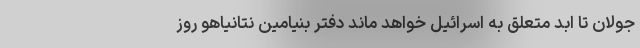
جولان تا ابد متعلق به اسرائیل خواهد ماند دفتر بنیامین نتانیاهو روز